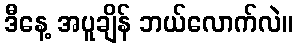
ဒီနေ့ အပူချိန် ဘယ်လောက်လဲ။